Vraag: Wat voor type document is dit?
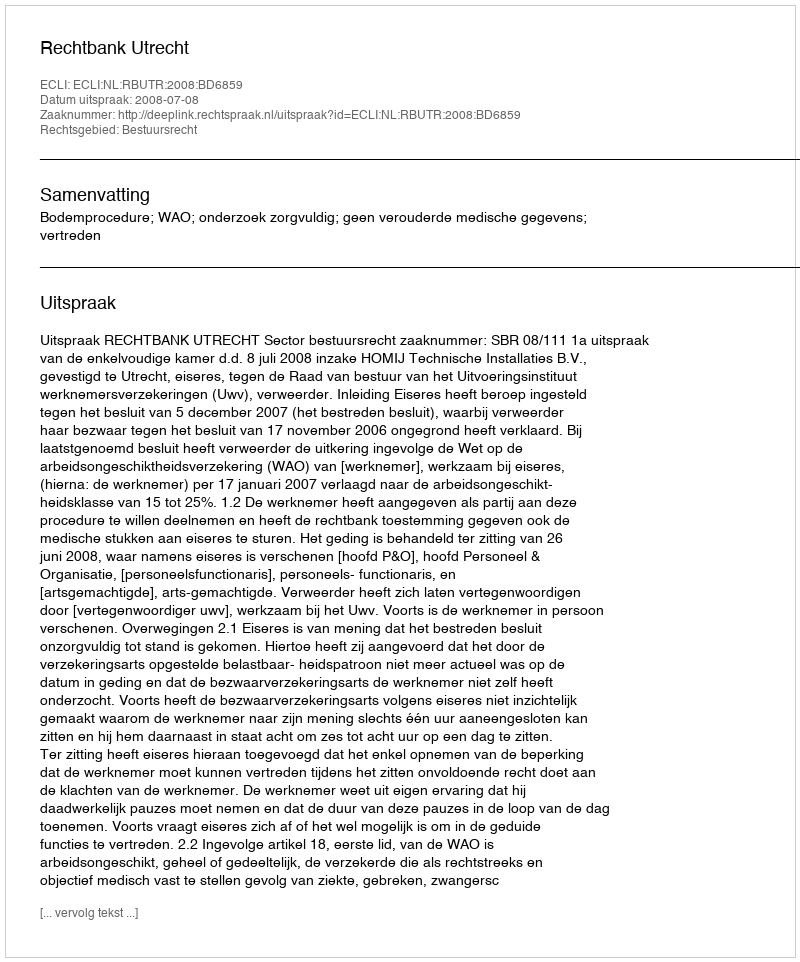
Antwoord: Uitspraak